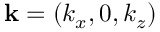
\mathbf { k } = ( k _ { x } , 0 , k _ { z } )